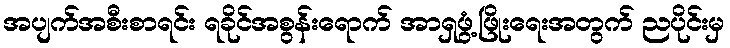
အပျက်အစီးစာရင်း ရခိုင်အစွန်းရောက် အာရှဖွံ့ဖြိုးရေးအတွက် ညပိုင်းမှ